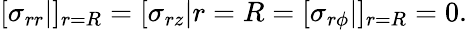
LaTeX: [\sigma_{rr}|]_{r=R}=[\sigma_{rz}|{r=R}=[\sigma_{r\phi}|]_{r=R}=0.